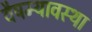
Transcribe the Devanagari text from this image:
वैषम्यावस्था